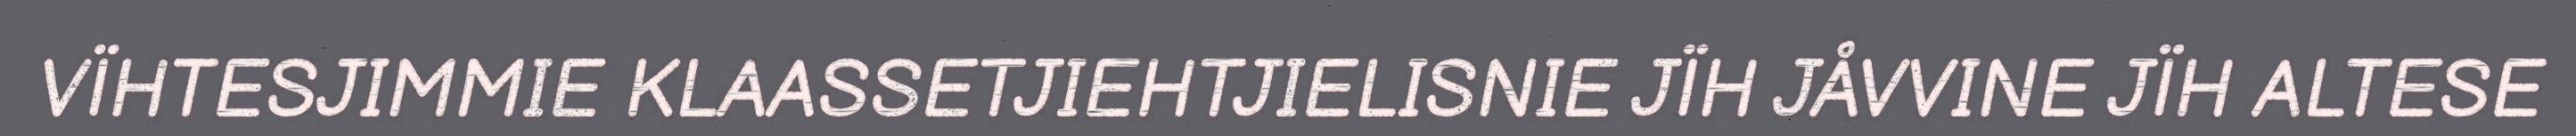
VÏHTESJIMMIE KLAASSETJIEHTJIELISNIE JÏH JÅVVINE JÏH ALTESE